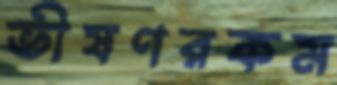
ভীষণরকম